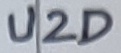
Text: U2D